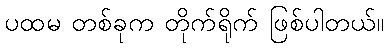
ပထမ တစ်ခုက တိုက်ရိုက် ဖြစ်ပါတယ်။